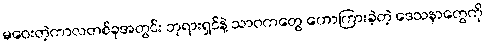
မဝေးတဲ့ကာလတစ်ခုအတွင်း ဘုရားရှင်နဲ့ သာဝကတွေ ဟောကြားခဲ့တဲ့ ဒေသနာတွေကို